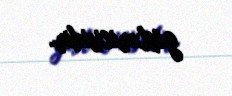
göstəricisidir.